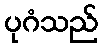
ပုဂံသည်